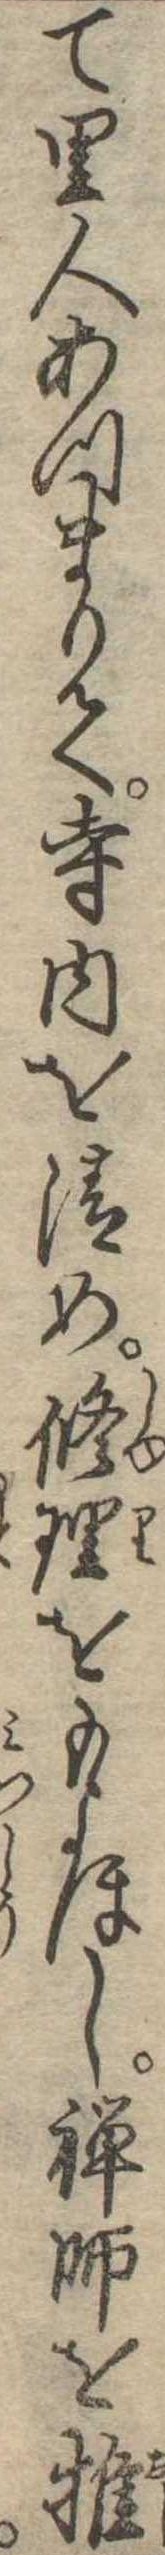
て里人あつまりて寺内を清め修理をもよほし禅師を推